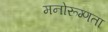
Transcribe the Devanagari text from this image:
मनोरूग्णता